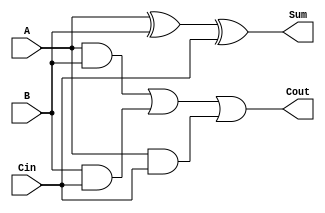
module full_adder (
    input wire A,     // First input bit
    input wire B,     // Second input bit
    input wire Cin,   // Carry-in bit
    output wire Sum,  // Sum output
    output wire Cout  // Carry-out output
);

// Internal signals for intermediate calculations
wire AxorB;        // Intermediate signal for A XOR B
wire AandB;        // Intermediate signal for A AND B
wire BandCin;      // Intermediate signal for B AND Cin
wire AandCin;      // Intermediate signal for A AND Cin

// Sum calculation: Sum = A XOR B XOR Cin
assign AxorB = A ^ B;               // A XOR B
assign Sum = AxorB ^ Cin;           // (A XOR B) XOR Cin

// Carry-out calculation: Cout = (A AND B) OR (B AND Cin) OR (A AND Cin)
assign AandB = A & B;               // A AND B
assign BandCin = B & Cin;           // B AND Cin
assign AandCin = A & Cin;           // A AND Cin
assign Cout = AandB | BandCin | AandCin; // Carry-out

endmodule